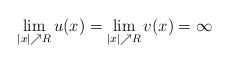
\begin{align*} \lim\limits_{|x|\nearrow R}u(x)= \lim\limits_{|x|\nearrow R}v(x)=\infty\end{align*}